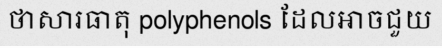
ថាសារធាតុ polyphenols ដែលអាចជួយ